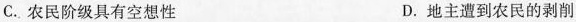
C.农民阶级具有空想性 D.地主遭到农民的剥削